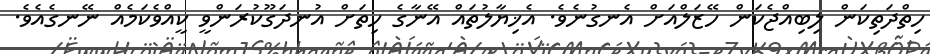
ހިތްދަތިކަން ލިބިއްޖެކަން ހޭޒަލްއަށް އެނގުނެވެ. އެޚިޔާލުތައް އޭނާގެ ހިތަށް އުނދަގޫކުރަންވީ ކީއްވެކަމެއް ނޭނގެއެވެ.